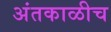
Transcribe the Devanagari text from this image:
अंतकाळीच